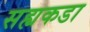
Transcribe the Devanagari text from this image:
सह्यकडा